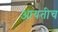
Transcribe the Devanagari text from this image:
आयतीच